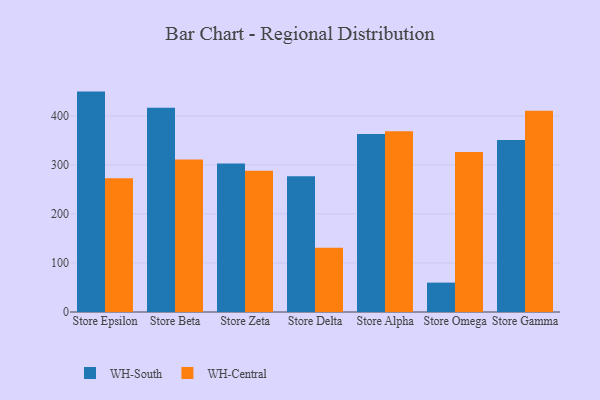
{"axis": {"x": "Store", "y": "Production Output"}, "legend": ["WH-Central", "WH-South"], "data": [{"x": "Store Epsilon", "y": 449.4, "type": "WH-South"}, {"x": "Store Epsilon", "y": 272.6, "type": "WH-Central"}, {"x": "Store Beta", "y": 416.6, "type": "WH-South"}, {"x": "Store Beta", "y": 311.2, "type": "WH-Central"}, {"x": "Store Zeta", "y": 302.9, "type": "WH-South"}, {"x": "Store Zeta", "y": 288.0, "type": "WH-Central"}, {"x": "Store Delta", "y": 276.9, "type": "WH-South"}, {"x": "Store Delta", "y": 130.9, "type": "WH-Central"}, {"x": "Store Alpha", "y": 362.8, "type": "WH-South"}, {"x": "Store Alpha", "y": 368.7, "type": "WH-Central"}, {"x": "Store Omega", "y": 59.9, "type": "WH-South"}, {"x": "Store Omega", "y": 326.1, "type": "WH-Central"}, {"x": "Store Gamma", "y": 350.8, "type": "WH-South"}, {"x": "Store Gamma", "y": 410.6, "type": "WH-Central"}]}